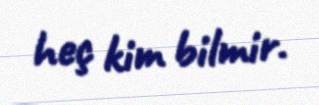
heç kim bilmir.